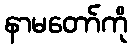
နာမတော်ကို